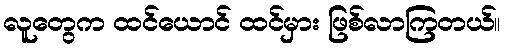
လူတွေက ထင်ယောင် ထင်မှား ဖြစ်လာကြတယ်။